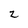
Character: 2